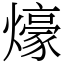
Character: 𤐶